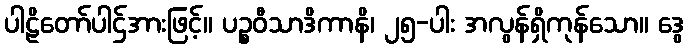
ပါဠိတော်ပါဌ်အားဖြင့်။ ပဉ္စဝီသာဒိကာနိ၊ ၂၅-ပါး အလွန်ရှိကုန်သော။ ဒွေ